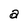
Character: a